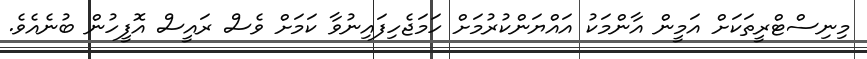
މިނިސްޓްރީތަކަށް އަމީން އާންމަކު އައްޔަންކުރުމަށް ހަމަޖެހިފައިނުވާ ކަމަށް ވެސް ރައީސް އޮފީހުން ބުނެއެވެ.